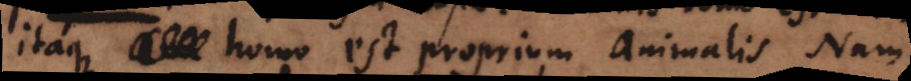
itaque homo est proprium animalis. Nam